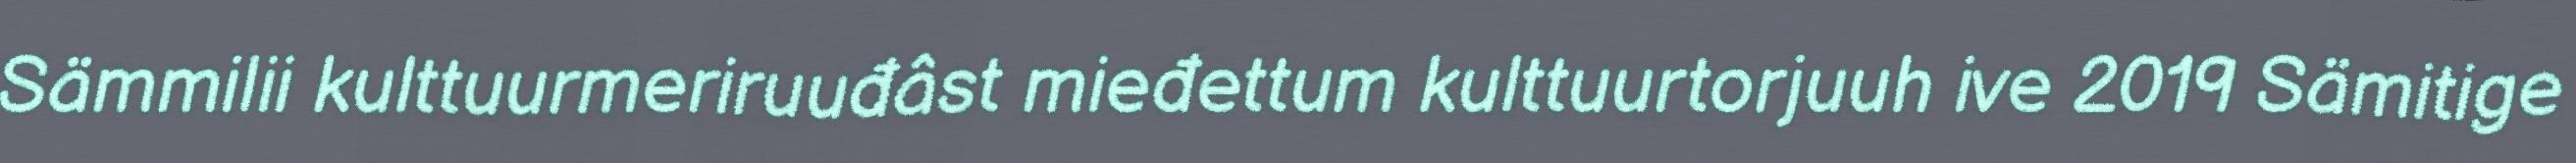
Sämmilii kulttuurmeriruuđâst mieđettum kulttuurtorjuuh ive 2019 Sämitige